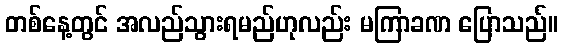
တစ်နေ့တွင် အလည်သွားရမည်ဟုလည်း မကြာခဏ ပြောသည်။